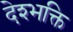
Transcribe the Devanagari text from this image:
देश्भक्ति